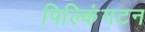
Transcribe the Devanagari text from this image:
पिल्किंगटन